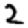
Digit: 2